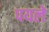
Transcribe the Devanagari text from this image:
पयले